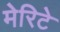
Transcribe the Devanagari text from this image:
मेरिटे